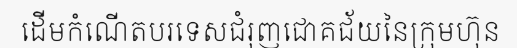
ដើមកំណើតបរទេសជំរុញជោគជ័យនៃក្រុមហ៊ុន